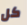
كل